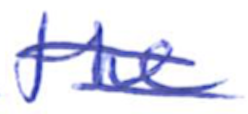
Text: the
Cross-out: double-line
Writing tool: ballpoint